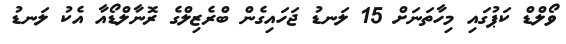
ވޯލްޑް ކަޕުގައި މިހާތަނަށް 15 ލަނޑު ޖަހައިގެން ބްރެޒިލްގެ ރޮނާލްޑޯއާ އެކު ލަނޑު